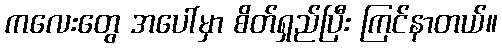
ကလေးတွေ အပေါ်မှာ စိတ်ရှည်ပြီး ကြင်နာတယ်။